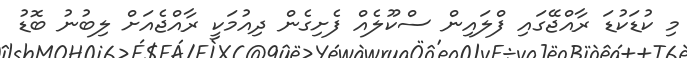
މި ކުޑަކުޑަ ރާއްޖޭގައި ފްލައިން ސްކޫލެއް ފެށިގެން ދިއުމަކީ ރާއްޖެއަށް ލިބުނު ބޮޑު